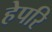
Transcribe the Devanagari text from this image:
हेपरि